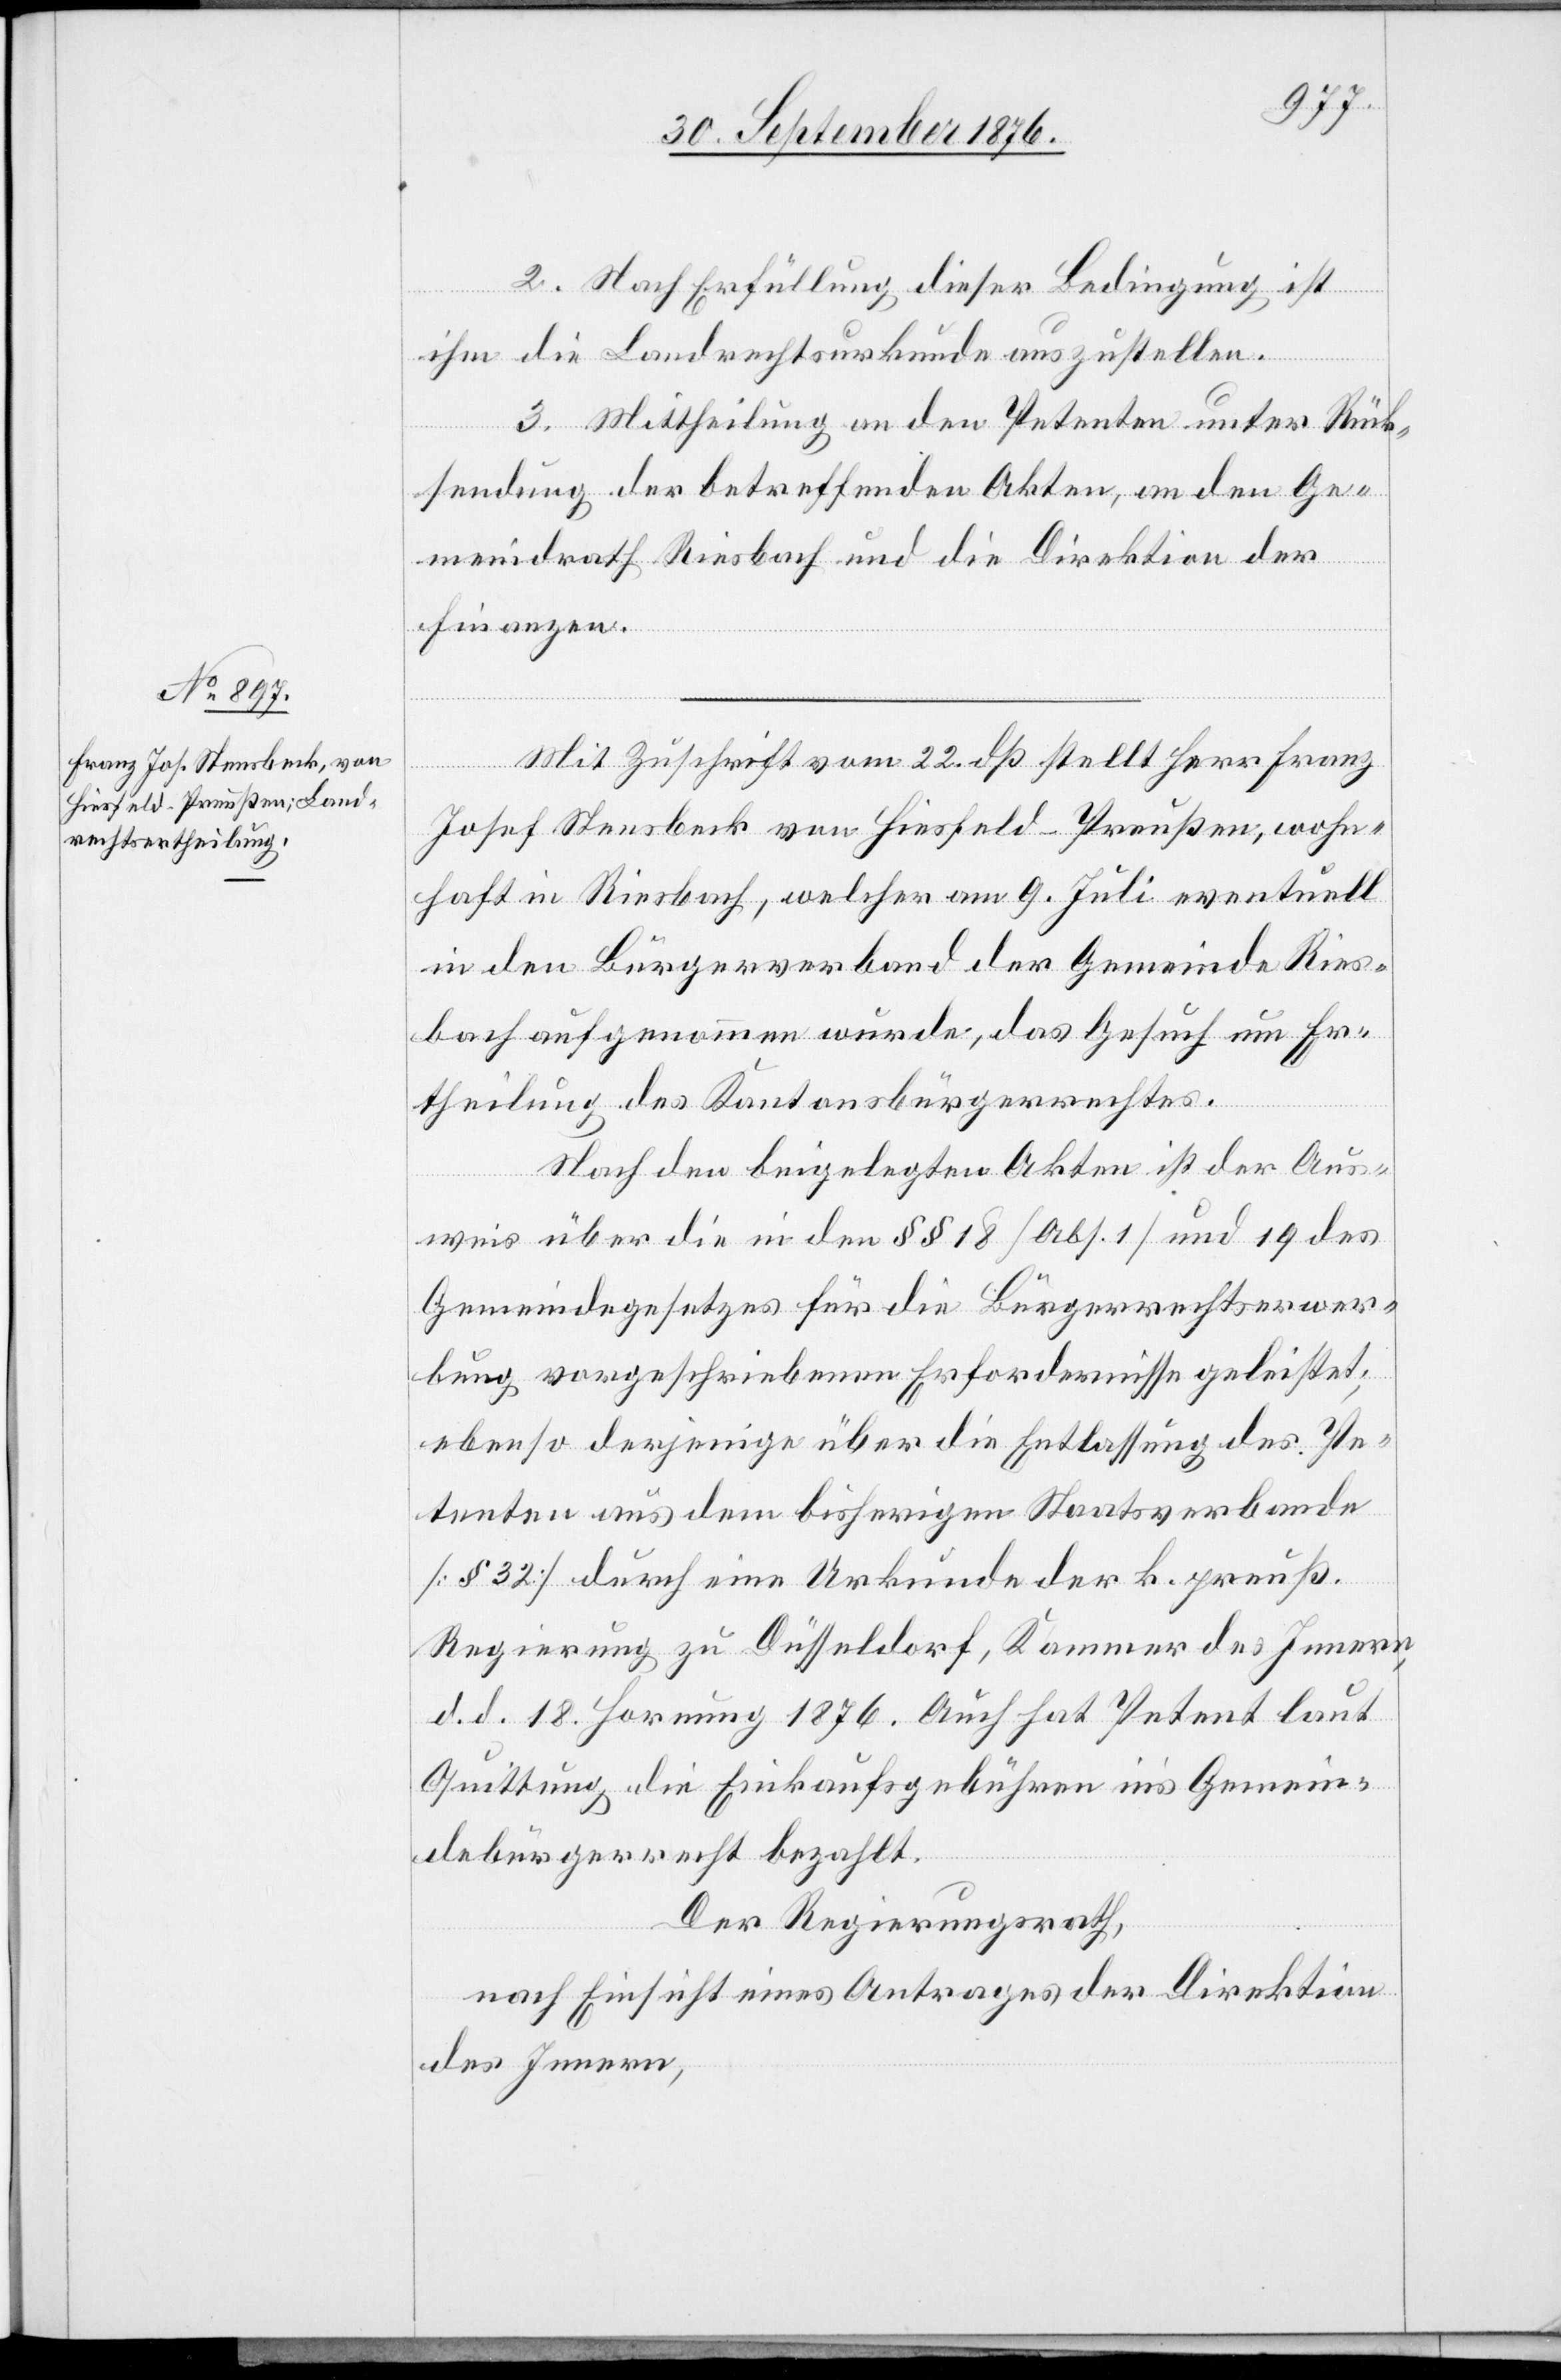
Mit Zuschrift vom 22. dß stellt Herr Franz
Josef Stensbeck von Hiesfeld - Preußen, wohn¬
haft in Riesbach, welcher am 9. Juli eventuell
in den Bürgerverband der Gemeinde Ries¬
bach aufgenommen wurde, das Gesuch um Er¬
theilung des Kantonsbürgerrechtes.
Nach den beigelegten Akten ist der Aus¬
weis über die in den §§ 18 [Abs. 1] und 19 des
Gemeindegesetzes für die Bürgerrechtserwer¬
bung vorgeschriebenen Erfordernisse geleistet;
ebenso derjenige über die Entlassung des Pe¬
tenten aus dem bisherigen Staatsverbande
[§ 32] durch eine Urkunde der k. preuß.
Regierung zu Düsseldorf, Kammer des Innern
d. d. 18. Hornung 1876. Auch hat Petent laut
Quittung die Einkaufsgebühren in’s Gemein¬
debürgerrecht bezahlt.
Der Regierungsrath,
nach Einsicht eines Antrages der Direktion
des Innern,